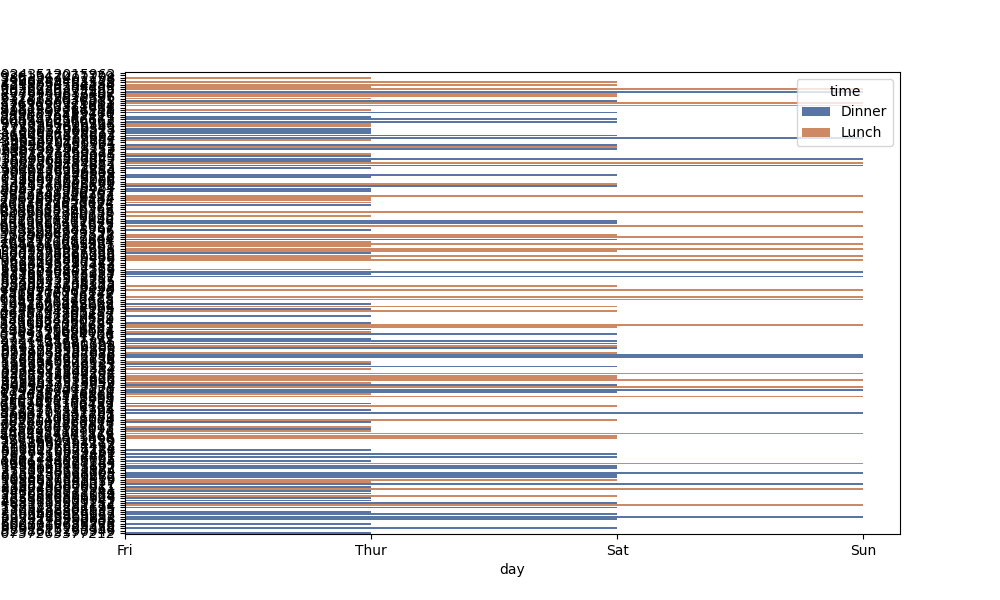
python, seaborn, barplot, hue='time', palette='deep', ci=95, orient='h'